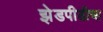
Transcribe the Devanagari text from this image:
झेडपीडीचा